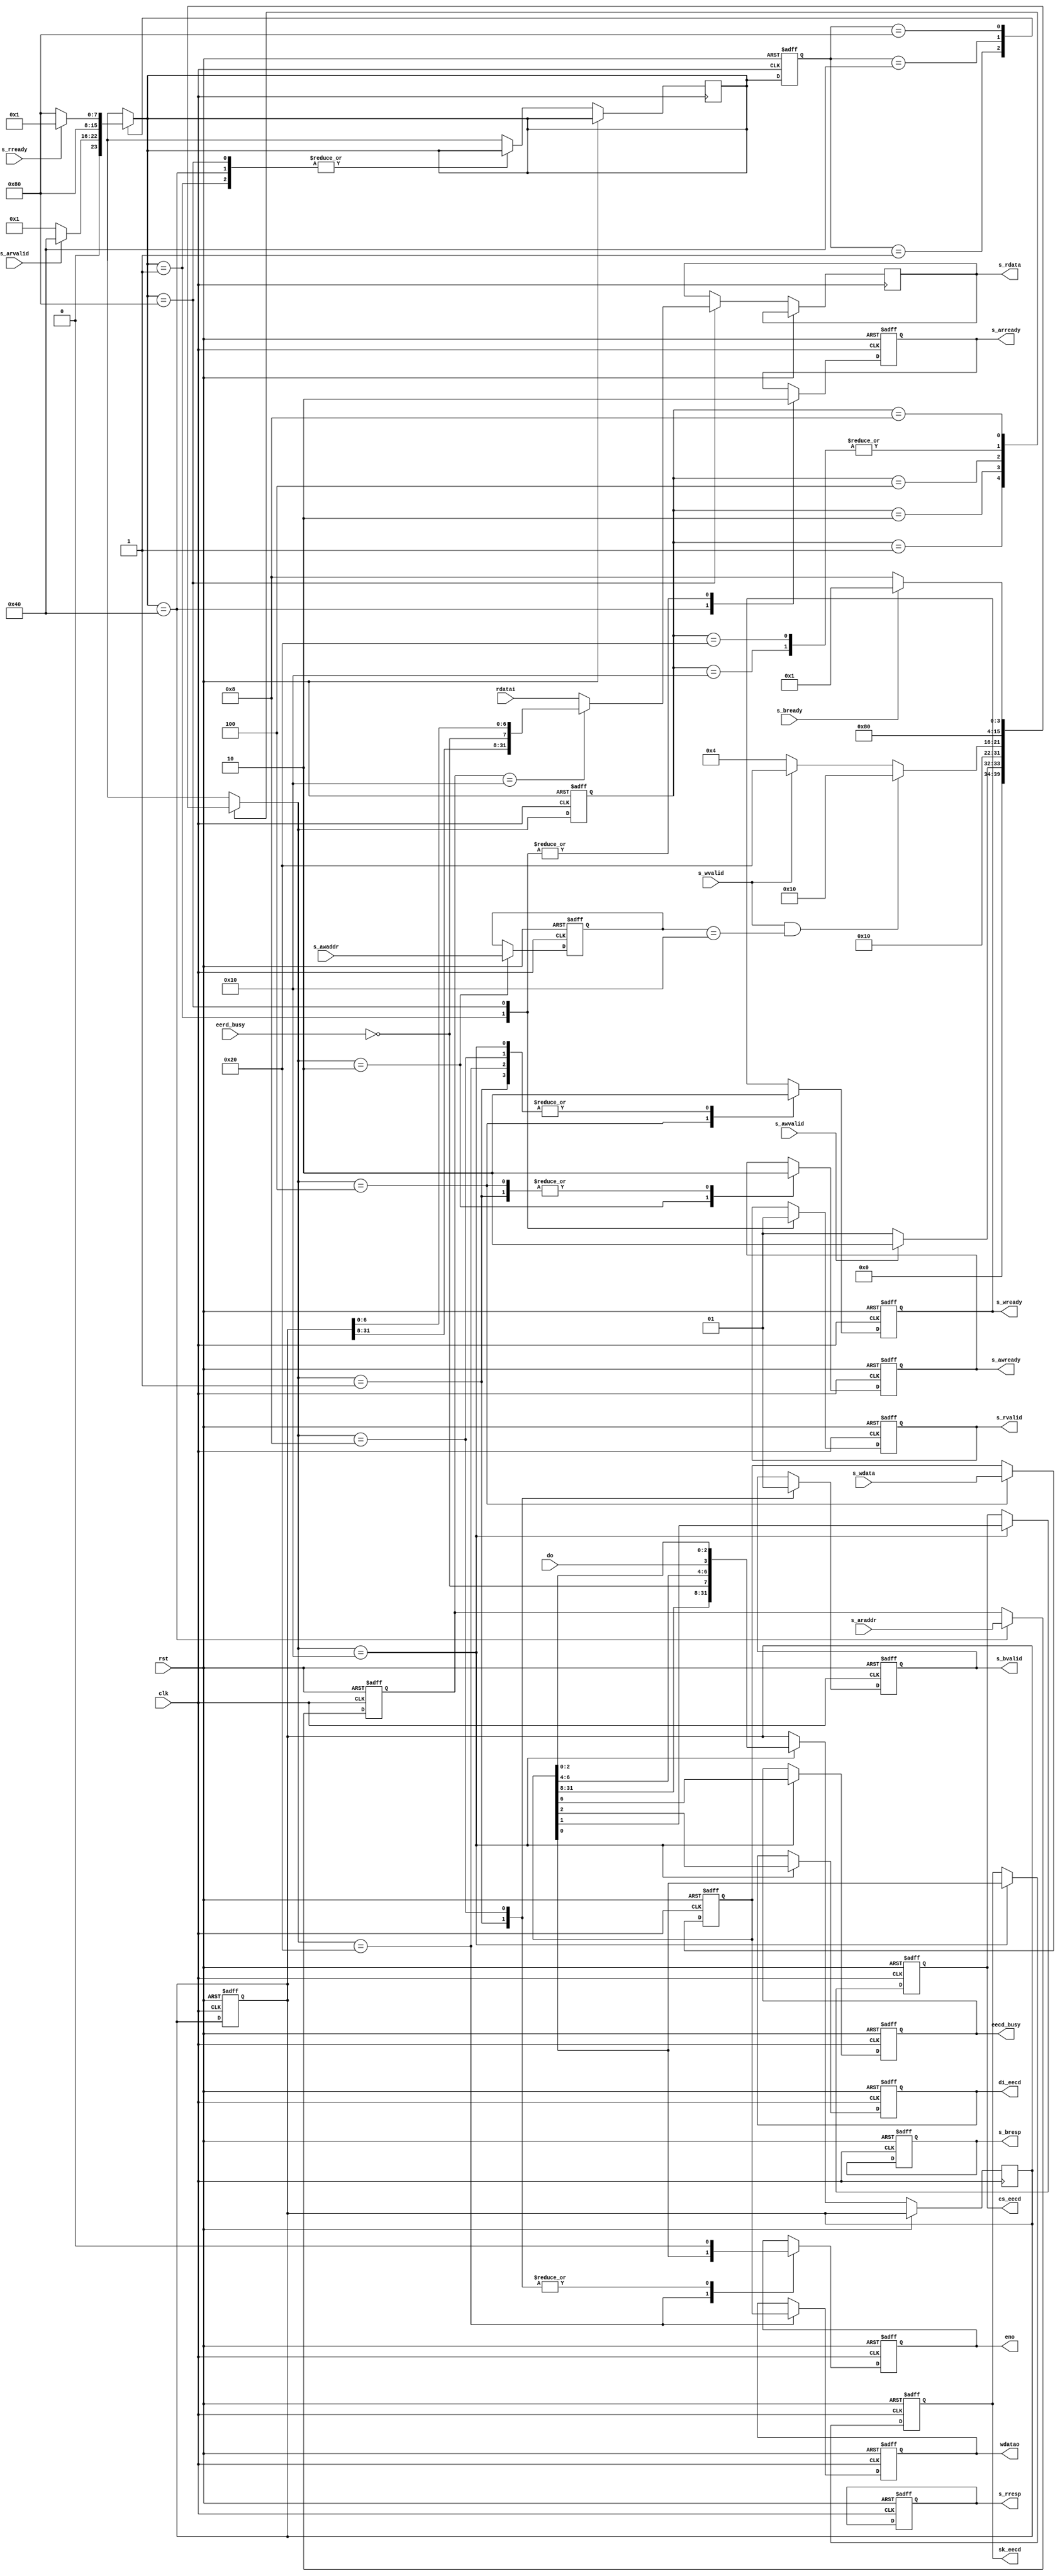
`timescale 1ns/1ns
module axi4_eeprom #(
  parameter Eecd=32'h00000010
)(
  input             clk             ,
  input             rst             ,
  //write_addr
  input             s_awvalid       ,
  output reg        s_awready       ,
  input      [31:0] s_awaddr        ,
  //write_data
  input             s_wvalid        ,
  output reg        s_wready        ,
  input      [31:0] s_wdata         ,
  //write_response
  output reg        s_bvalid        ,
  input             s_bready        ,
  output reg [ 1:0] s_bresp         ,
  //read_addr
  input             s_arvalid       ,
  output reg        s_arready       ,
  input      [31:0] s_araddr        ,
  //read_data
  output reg        s_rvalid        ,
  input             s_rready        ,
  output reg [31:0] s_rdata         ,
  output reg [ 1:0] s_rresp         ,
  //eeprom
  output reg [31:0] wdatao          ,
  output reg        eno             ,
  input             eerd_busy       ,
  
  output reg        sk_eecd         ,
  output reg        cs_eecd         ,
  output reg        di_eecd         ,
  output reg        eecd_busy       ,

  input      [31:0] rdatai          ,
  input             do
);

  reg [7:0] Wstate, Wnextstate;
  reg [7:0] Rstate, Rnextstate;
  parameter Idle        = 8'h01,
            Wr_addr     = 8'h02,
            Wr_data     = 8'h04,
            Wr_response = 8'h08,
            Eecd_wr     = 8'h10,
            Eerd_wr     = 8'h20,
            Rd_addr     = 8'h40,
            Rd_data     = 8'h80;

  reg [31:0] wdata_reg, rdata_reg, s_awaddr_reg, Eecd_rdata_reg, s_araddr_reg;

  always@(posedge clk or posedge rst)
  if(rst) begin
    Wstate<=Idle;
  end else begin
    Wstate<=Wnextstate;
  end

  always@(*) begin
    case(Wstate)
      Idle: begin
        if(s_awvalid) begin //addr_write_valid
          Wnextstate = Wr_addr;
        end else begin
          Wnextstate = Idle;
        end
      end
      Wr_addr: begin
        Wnextstate = Wr_data;
      end
      Wr_data: begin
        if(s_wvalid && s_awaddr_reg==Eecd) begin //data_write_valid
          Wnextstate = Eecd_wr;
        end else if(s_wvalid) begin //data_write_valid
          Wnextstate = Eerd_wr;
        end else begin
          Wnextstate = Wr_data;
        end
      end
      Eecd_wr: begin
        Wnextstate = Wr_response;
      end
      Eerd_wr: begin
        Wnextstate = Wr_response;
      end
      Wr_response: begin
        if(s_bready) begin //response_write_ready
          Wnextstate = Idle;
        end else begin
          Wnextstate = Wr_response;
        end
      end
      default: begin
        Wnextstate = 'bx;
      end
    endcase
  end
  
  always@(posedge clk or posedge rst)
  if(rst) begin
    s_awready<=0;
    s_wready<=0;
    s_bvalid<=0;
    s_bresp<=2'b0;
    //
    sk_eecd<=0;
    cs_eecd<=0;
    di_eecd<=0;
    eno<=0;
    rdata_reg<=0;
    eecd_busy<=0;
    wdatao<=0;
    wdata_reg<=0;
    s_awaddr_reg<=0;
  end else begin
    case(Wnextstate)
      Idle: begin
        s_awready<=0;
        s_wready<=0;
        s_bvalid<=0;
        //
        eno<=0;
      end
      Wr_addr: begin //ready_write_addr //Rwaddr
        s_awaddr_reg<=s_awaddr;
        s_awready<=1;
      end
      Wr_data: begin
        s_awready<=0;
        s_wready<=1;
        wdata_reg<=s_wdata;
      end
      Eecd_wr: begin
        s_wready<=0;
        //
        Eecd_rdata_reg<={wdata_reg[31:8], !eerd_busy, wdata_reg[6:4], do, wdata_reg[2:0]};
        sk_eecd<=wdata_reg[0];
        cs_eecd<=wdata_reg[1];
        di_eecd<=wdata_reg[2];
        eecd_busy<=wdata_reg[6];
      end
      Eerd_wr: begin
        s_wready<=0;
        //
        wdatao<=wdata_reg;
        eno<=wdata_reg[0];
      end
      Wr_response: begin
        s_wready<=0;
        s_bvalid<=1;
        //
        eno<=0;
      end
    endcase
  end
 //rd
  always@(posedge clk or posedge rst)
  if(rst) begin
    Rstate<=Idle;
  end else begin
    Rstate<=Rnextstate;
  end

  always@(*) begin
    case(Rstate)
      Idle: begin
        if(s_arvalid) begin
          Rnextstate = Rd_addr;
        end else begin
          Rnextstate = Idle;
        end
      end
      Rd_addr: begin
        Rnextstate = Rd_data;
      end
      Rd_data: begin
        if(s_rready) begin //data_read_ready
          Rnextstate = Idle;
        end else begin
          Rnextstate = Rd_data;
        end
      end
      default: begin
        Rnextstate = 'bx;
      end
    endcase
  end
  
  always@(posedge clk or posedge rst)
  if(rst) begin
    s_arready<=0;
    s_rvalid<=0;
    s_rresp<=2'b0;
    Eecd_rdata_reg<=32'h00000110;
    s_araddr_reg<=0;
  end else begin
    case(Rnextstate)
      Idle: begin
        s_arready<=0;
        s_rvalid<=0;
      end
      Rd_addr: begin
        s_arready<=1;
        s_araddr_reg<=s_araddr;
      end
      Rd_data: begin
        s_arready<=0;
        s_rvalid<=1;
        if(s_araddr_reg==Eecd)begin
          s_rdata<={Eecd_rdata_reg[31:8], !eerd_busy, Eecd_rdata_reg[6:0]};
        end else begin
          s_rdata<=rdatai;
        end
      end     
      default: begin
        Rnextstate = 'bx;
      end
    endcase
  end
  

endmodule


/*


  assign sk=eerd_busy?sk_eerd:sk_eecd;
  assign cs=eerd_busy?cs_eerd:cs_eecd;
  assign di=eerd_busy?di_eerd:di_eecd;

*/